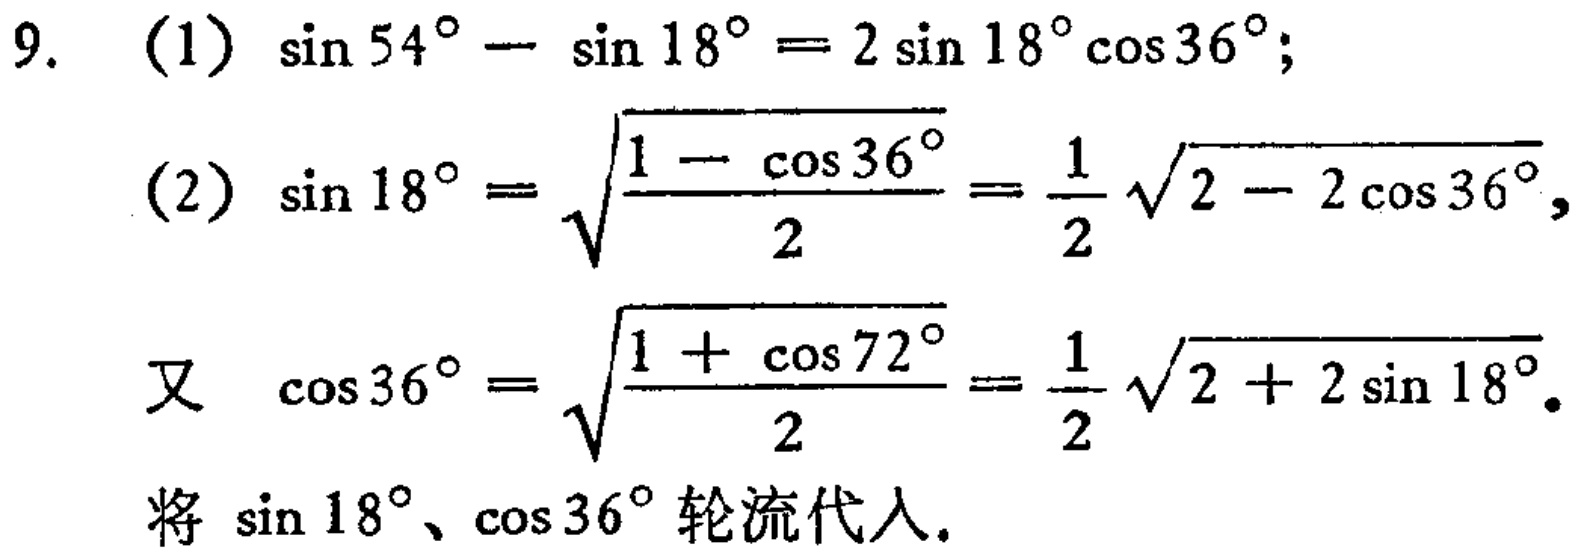
9. (1) \(\sin 54^{\circ}-\sin 18^{\circ}=2\sin 18^{\circ}\cos 36^{\circ}\);

(2) \(\sin 18^{\circ}=\sqrt{\frac{1 - \cos 36^{\circ}}{2}}=\frac{1}{2}\sqrt{2 - 2\cos 36^{\circ}}\),

又 \(\cos 36^{\circ}=\sqrt{\frac{1+\cos 72^{\circ}}{2}}=\frac{1}{2}\sqrt{2 + 2\sin 18^{\circ}}\).

将 \(\sin 18^{\circ}\)、\(\cos 36^{\circ}\)轮流代入.